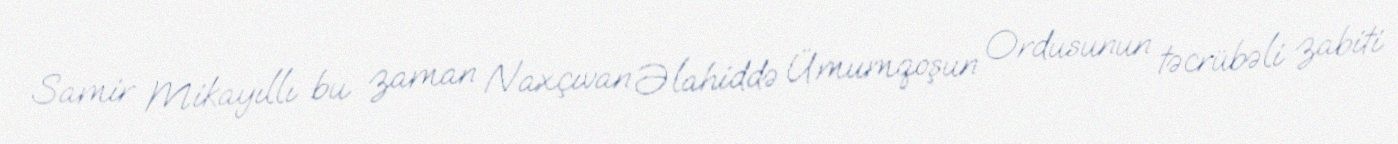
Samir Mikayıllı bu zaman Naxçıvan Əlahiddə Ümumqoşun Ordusunun təcrübəli zabiti